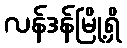
လန်ဒန်မြို့ရှိ